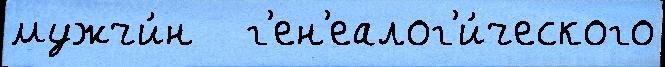
мужчи́н   г'ен'еалог'и́ческого